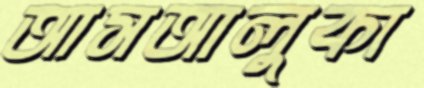
আসআলুকা